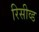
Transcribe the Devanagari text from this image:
रिसीव्ड